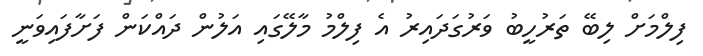
ފިލްމަށް ލިބޭ ތަރުހީބު ވަރުގަދައިރު އެ ފިލްމު މާލޭގައި އަލުން ދައްކަން ފަށާފައިވަނީ